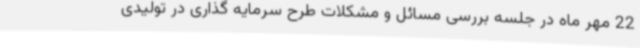
22 مهر ماه در جلسه بررسی مسائل و مشکلات طرح سرمایه گذاری در تولیدی